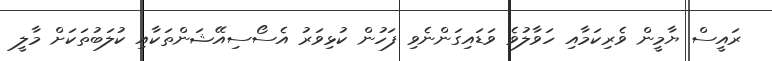
ރައީސް ޔާމީން ވެރިކަމާއި ހަވާލުވެ ވަޑައިގަންނެވި ފަހުން ކުޅިވަރު އެސޯސިއޭޝަންތަކާއި ކުލަބުތަކަށް މާލީ